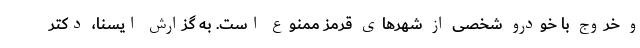
و خروج با خودرو شخصی از شهرهای قرمز ممنوع است. به گزارش ایسنا، دکتر